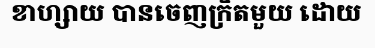
ខាហ្សាយ បានចេញក្រិតមួយ ដោយ